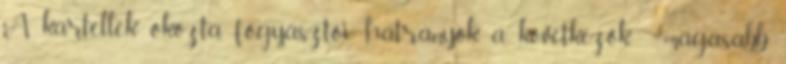
A kartellek okozta fogyasztói hátrányok a következők: - magasabb